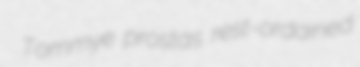
Tommye prostas rest-ordained